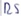
Text: RS